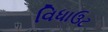
વિધાઉટ